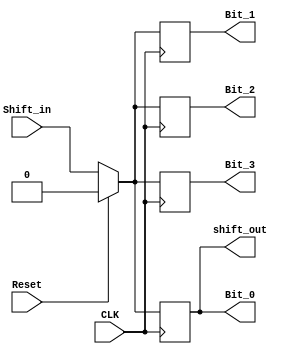
module Registrador(Shift_in, CLK, shift_out, Bit_0, Bit_1, Bit_2, Bit_3, Reset);

    input wire Shift_in, CLK, Reset;
    output reg Bit_0, Bit_1, Bit_2, Bit_3;
    output wire shift_out;


    always @(posedge CLK) begin
        
        if (Reset == 1'b1) begin
            
            Bit_3 = 1'b0;
            Bit_2 = 1'b0;
            Bit_1 = 1'b0;
            Bit_0 = 1'b0; 

        end

        else begin

            Bit_3 = Shift_in;
            Bit_2 = Bit_3;
            Bit_1 = Bit_2;
            Bit_0 = Bit_1;

        end

    end

    assign shift_out = Bit_0;

endmodule